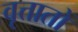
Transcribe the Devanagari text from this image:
वृत्तातों